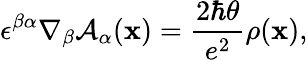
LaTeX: \epsilon^{\beta\alpha}\nabla_{\beta}\mathcal{A}_{\alpha}({\mathbf{x}})={\frac{{2\hbar\theta}}{{e^{2}}}}\rho({\mathbf{x}}),